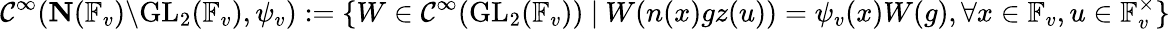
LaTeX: \mathcal{C}^{\infty}(\mathbf{N}(\mathbb{F}_{v})\backslash\mathrm{GL}_{2}(\mathbb{F}_{v}),\psi_{v}):=\left\{ W\in\mathcal{C}^{\infty}(\mathrm{GL}_{2}(\mathbb{F}_{v}))\ \middle|\ W(n(x)gz(u))=\psi_{v}(x)W(g),\forall x\in\mathbb{F}_{v},u\in\mathbb{F}_{v}^{\times}\right\}